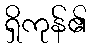
ရှိကုန်၏